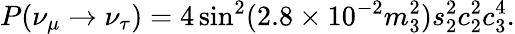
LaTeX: P(\nu_{\mu}\to\nu_{\tau})=4\sin^{2}(2.8\times 10^{-2}m_{3}^{2})s_{2}^{2}c_{2}^{2}c_{3}^{4}.